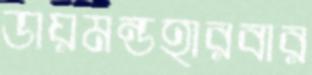
ডায়মন্ডহারবার